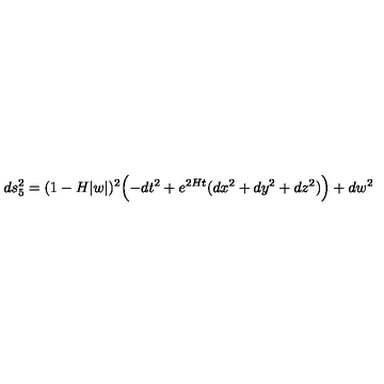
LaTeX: d s _ { 5 } ^ { 2 } = ( 1 - H | w | ) ^ { 2 } \Bigl ( - d t ^ { 2 } + e ^ { 2 H t } ( d x ^ { 2 } + d y ^ { 2 } + d z ^ { 2 } ) \Bigr ) + d w ^ { 2 }